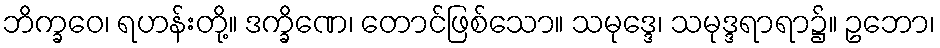
ဘိက္ခဝေ၊ ရဟန်းတို့။ ဒက္ခိဏေ၊ တောင်ဖြစ်သော။ သမုဒ္ဒေ၊ သမုဒ္ဒရာရာ၌။ ဥဘော၊